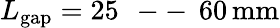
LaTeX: L_{\mathrm{gap}}=25\, \mathrm{~--~}\, 60\, \mathrm{mm}